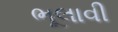
ભૂલાવી